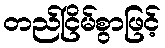
တည်ငြိမ်စွာဖြင့်